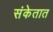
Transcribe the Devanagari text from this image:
संकेतात